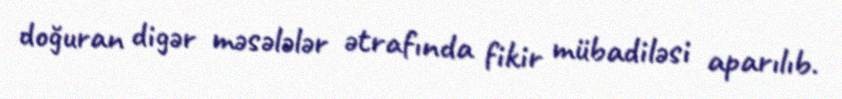
doğuran digər məsələlər ətrafında fikir mübadiləsi aparılıb.